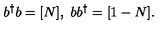
b ^ { \dag } b = [ N ] , \ b b ^ { \dag } = [ 1 - N ] .